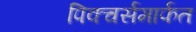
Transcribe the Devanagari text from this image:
पिक्चर्समार्फत